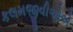
કલમજીવીઓએ